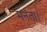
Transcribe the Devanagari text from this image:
मनता।